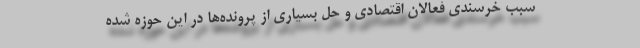
سبب خرسندی فعالان اقتصادی و حل بسیاری از پرونده‌ها در این حوزه شده